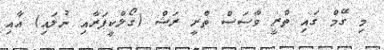
މި ގޭމް ގައި ތްރީ ވާސަސް ތްރީ ރަޝް (ގޯލްކީޕަރާއި ނުލައި) އާއި